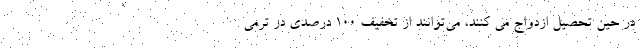
در حین تحصیل ازدواج می کنند، می‌توانند از تخفیف ۱۰۰ درصدی در ترمی